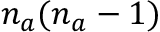
n _ { a } ( n _ { a } - 1 )